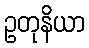
ဥတုနိယာ